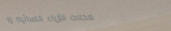
محلات الأزياء النسائية وا